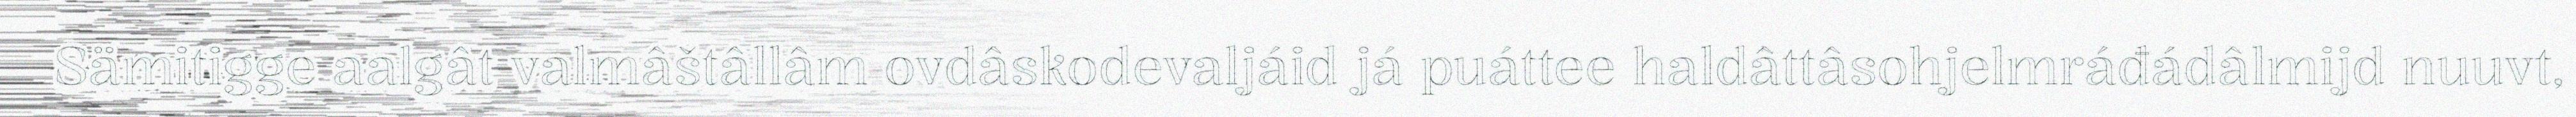
Sämitigge aalgât valmâštâllâm ovdâskodevaljáid já puáttee haldâttâsohjelmráđádâlmijd nuuvt,